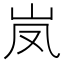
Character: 𮱦